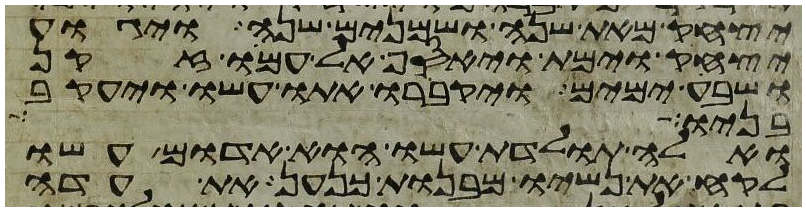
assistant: יצחק מאת שנה ושמנים שנה ויגוע
יצחק וימת ויאסף אל עמו זקן
ושבע ימים ויקברו אתו עשו ויעקב
בניו למה
ואלה תולדת עשו הוא אדום עשו
לקח את נשיו מבנות כנען את עדה